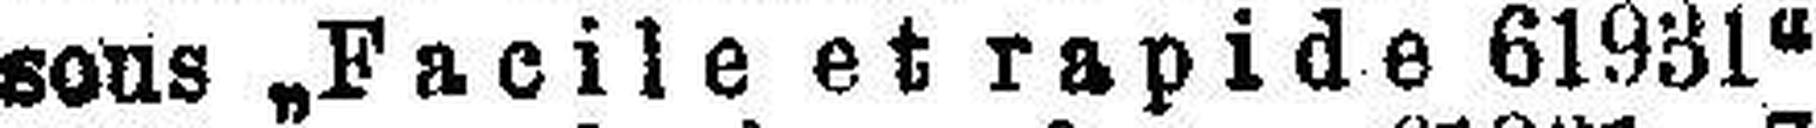
sous „Facile et rapide 61931“